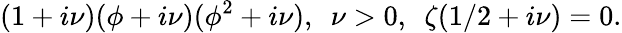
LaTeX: (1+i\nu)(\phi+i\nu)(\phi^{2}+i\nu),~~\nu>0,~~\zeta(1/2+i\nu)=0.